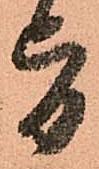
旨